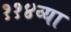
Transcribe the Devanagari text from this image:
११४व्या